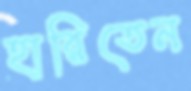
হারিতেন